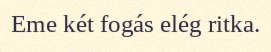
Eme két fogás elég ritka.